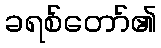
ခရစ်တော်၏